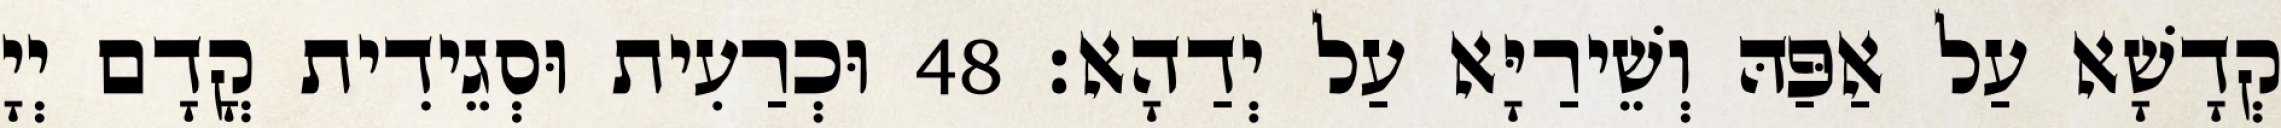
קְדָשָׁא עַל אַפַּהּ וְשֵׁירַיָּא עַל יְדַהָא׃ 48 וּכְרַעִית וּסְגֵידִית קֳדָם יְיָ